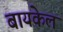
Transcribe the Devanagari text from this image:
बायकेल